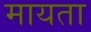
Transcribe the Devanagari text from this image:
मायता